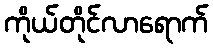
ကိုယ်တိုင်လာရောက်